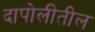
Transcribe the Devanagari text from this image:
दापोलीतील